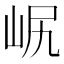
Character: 𡶋